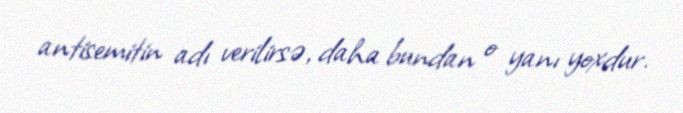
antisemitin adı verilirsə, daha bundan o yanı yoxdur.